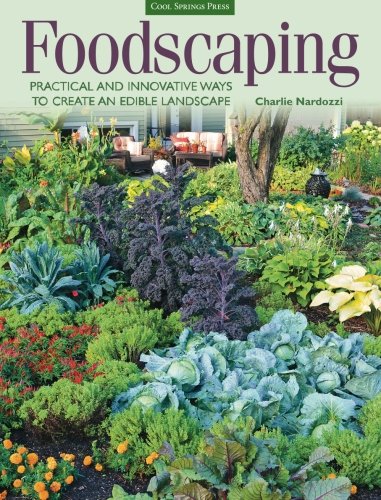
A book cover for Foodscaping: Practical and Innovative Ways to Create an Edible Landscape; Charlie Nardozzi; Crafts, Hobbies & Home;